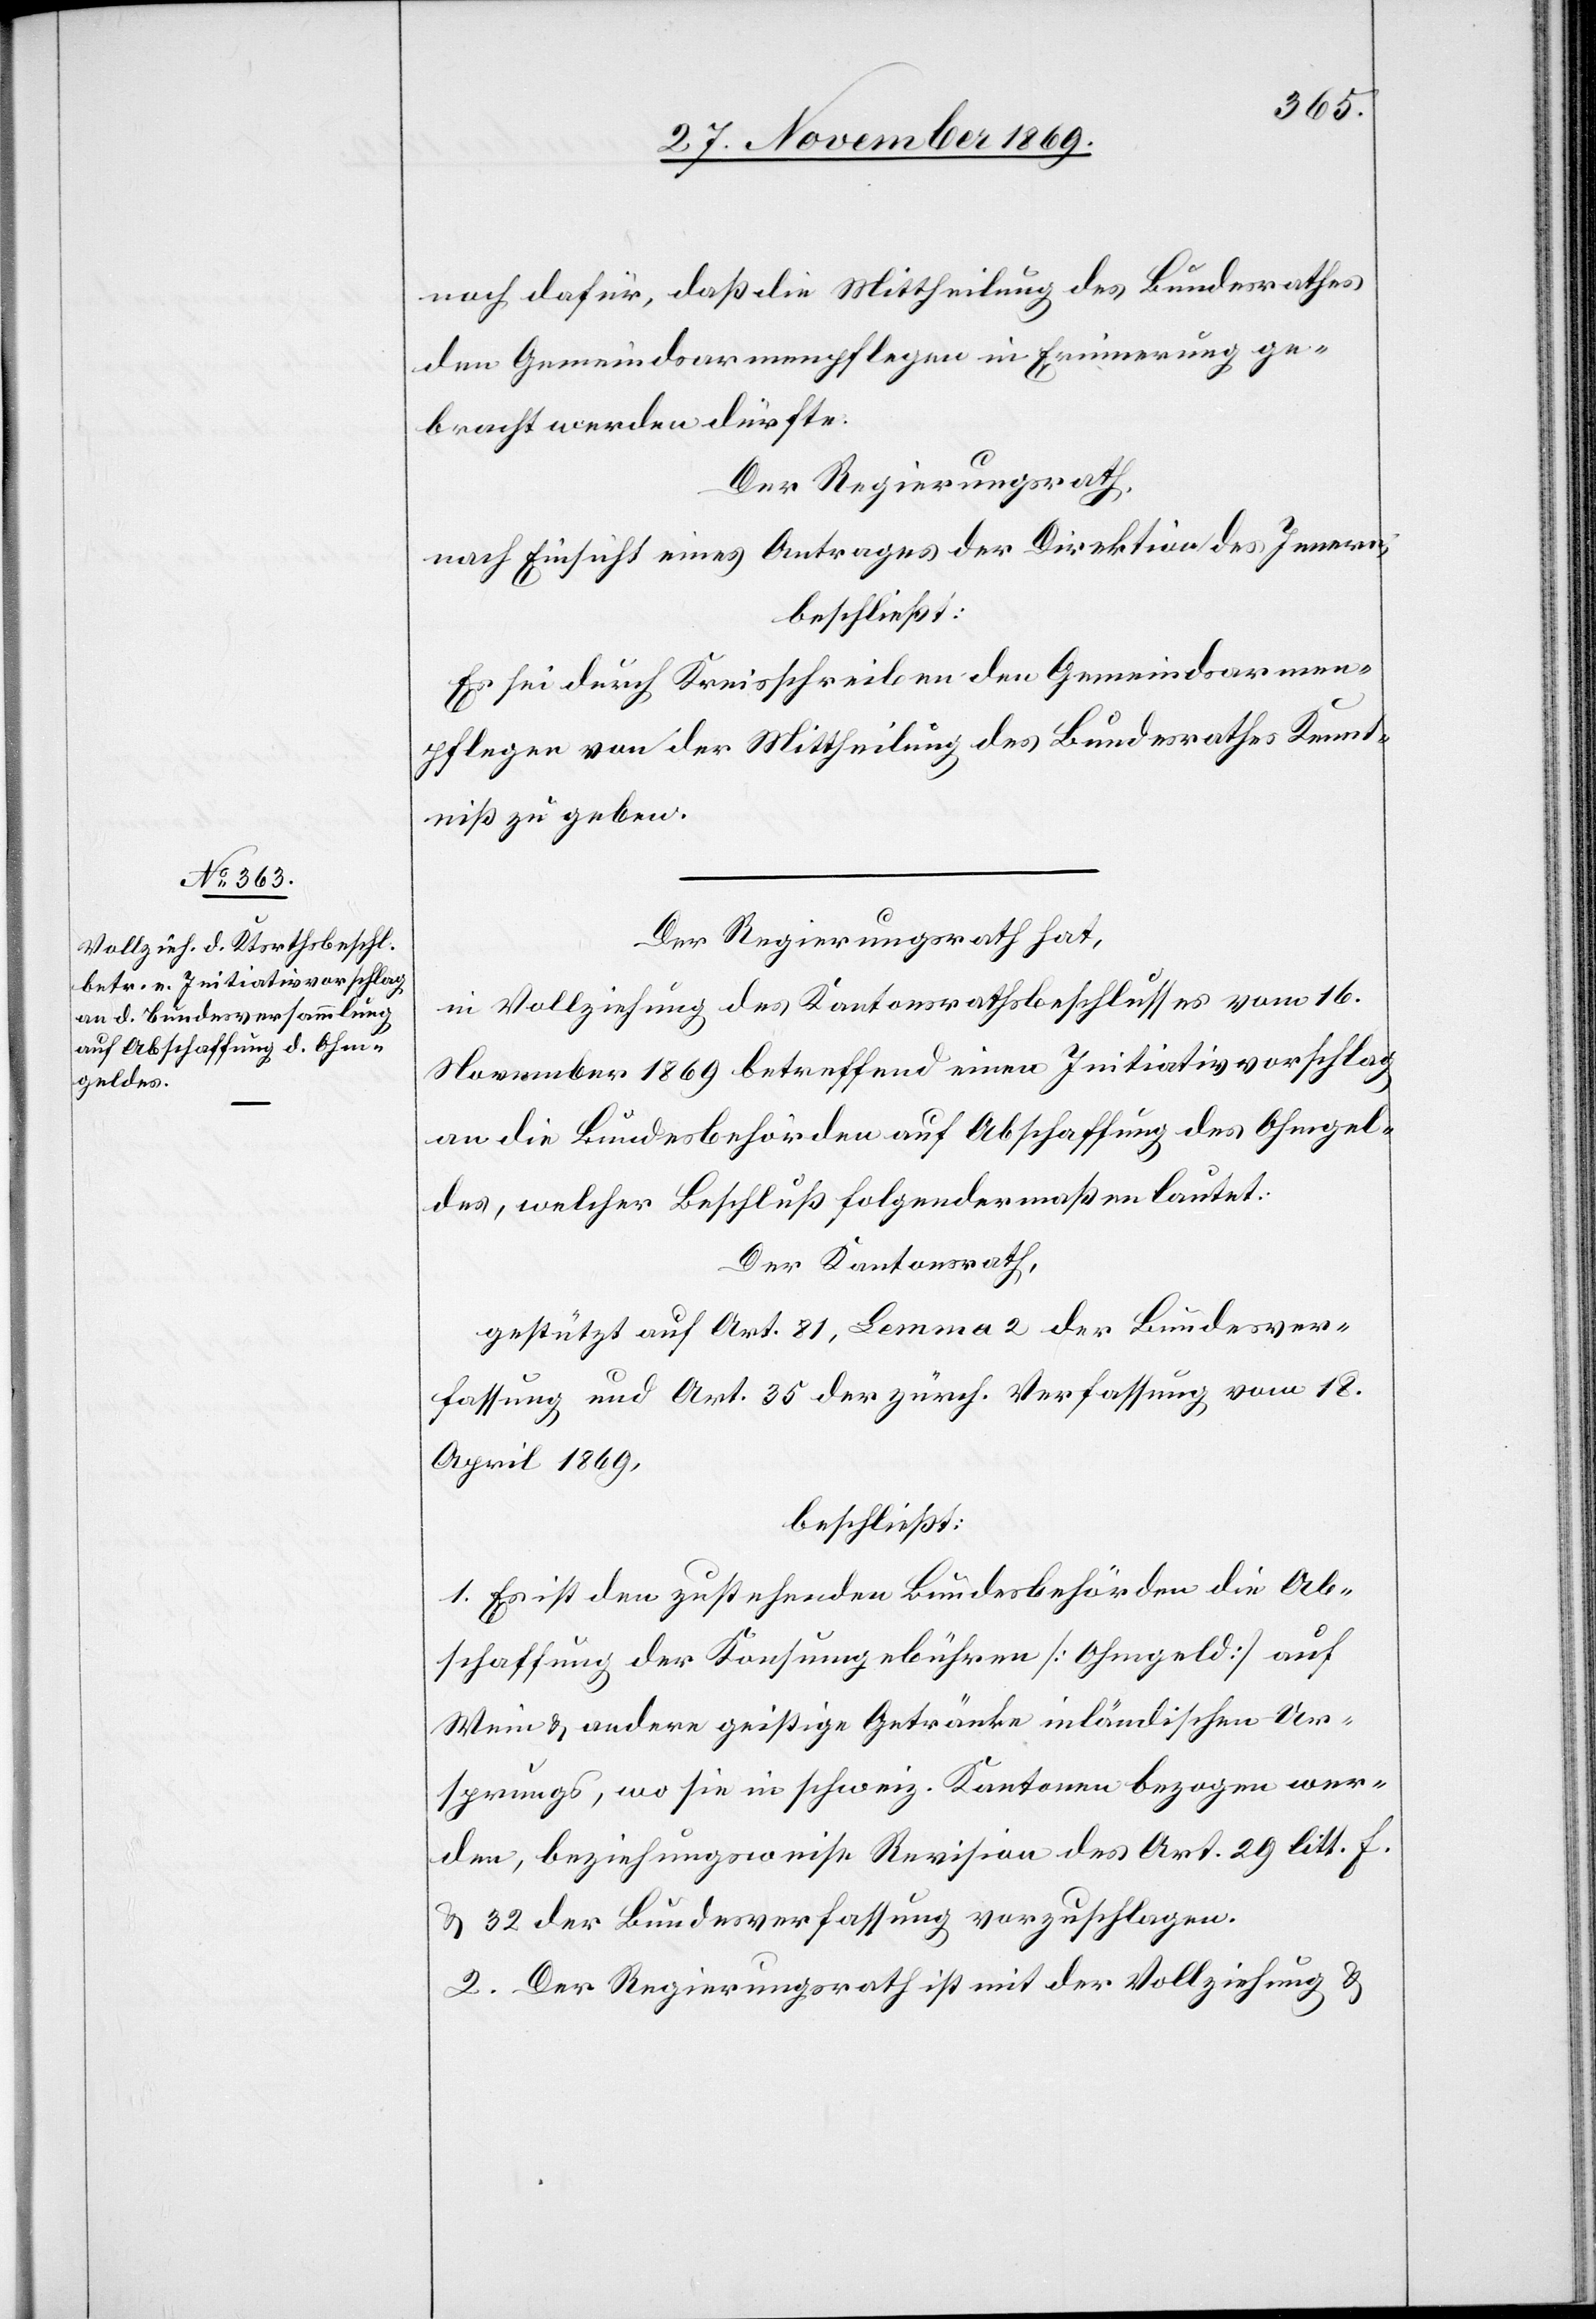
noch dafür, daß die Mittheilung des Bundesrathes
den Gemeindsarmenpflegen in Erinnerung ge¬
bracht werden dürfte.
Der Regierungsrath,
nach Einsicht eines Antrages der Direktion des Innern,
beschließt:
Es sei durch Kreisschreiben den Gemeindsarmen¬
pflegen von der Mittheilung des Bundesrathes Kennt¬
niß zu geben.
Der Regierungsrath hat,
in Vollziehung des Kantonsrathsbeschlusses vom 16.
November 1869 betreffend einen Initiativvorschlag
an die Bundesbehörden auf Abschaffung des Ohmgel¬
des, welcher Beschluß folgendermaßen lautet:
Der Kantonsrath,
gestützt auf Art. 81, Lemma 2 der Bundesver¬
fassung und Art. 35 der zürch. Verfassung vom 18.
April 1869,
beschließt:
1. Es ist den zustehenden Bundesbehörden die Ab¬
schaffung der Konsumgebühren [Ohmgeld] auf
Wein & andere geistige Getränke inländischen Ur¬
sprungs, wo sie in schweiz. Kantonen bezogen wer¬
den, beziehungsweise Revision des Art. 29 litt. f.
& 32 der Bundesverfassung vorzuschlagen.
2. Der Regierungsrath ist mit der Vollziehung &